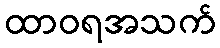
ထာဝရအသက်